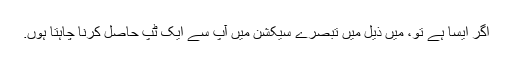
اگر ایسا ہے تو، میں ذیل میں تبصرے سیکشن میں آپ سے ایک ٹپ حاصل کرنا چاہتا ہوں.